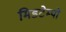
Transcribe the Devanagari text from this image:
मिडटेम्पो